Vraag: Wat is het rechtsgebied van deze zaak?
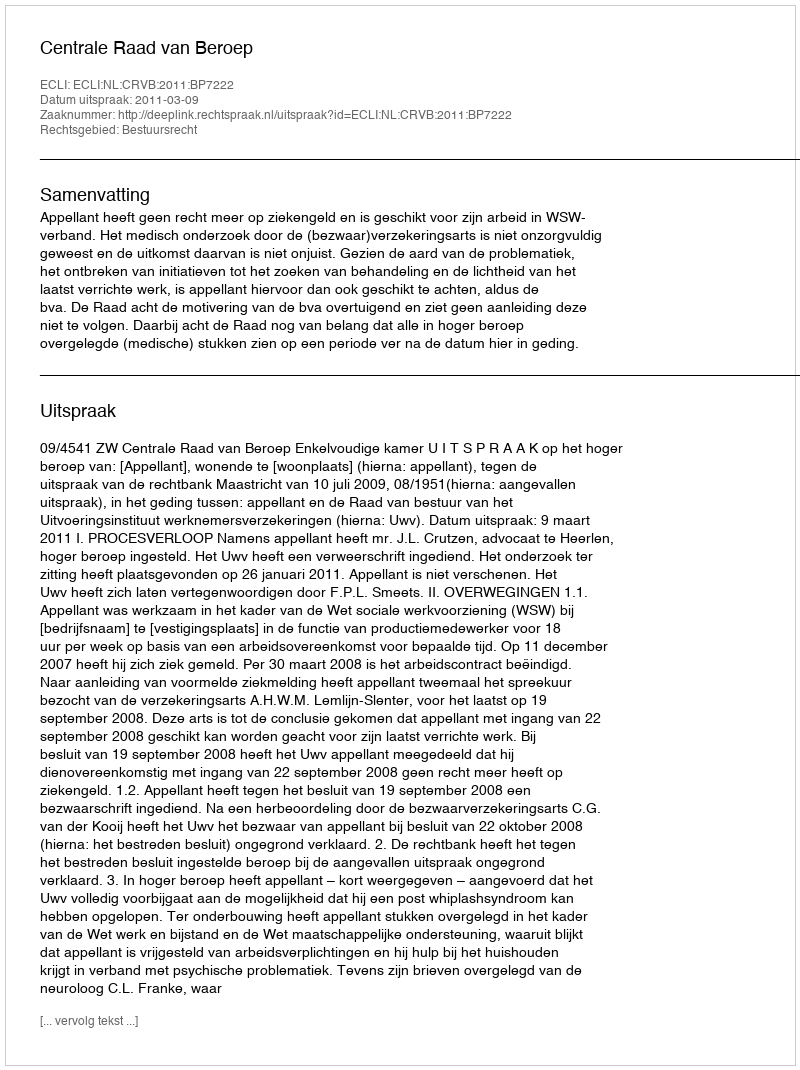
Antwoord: Bestuursrecht